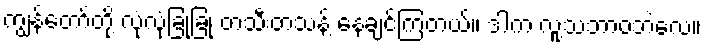
ကျွန်တော်တို့ လုံလုံခြုံခြုံ တသီးတသန့် နေချင်ကြတယ်။ ဒါက လူ့သဘာဝဘဲလေ။